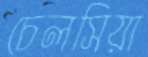
চেলসিয়া